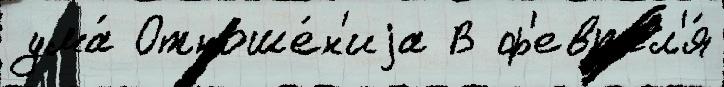
ума́ Отноше́н'иjа В ф'еврал'я́